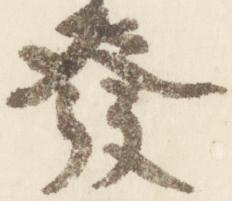
発